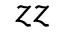
z z